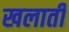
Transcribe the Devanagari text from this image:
खलाती